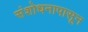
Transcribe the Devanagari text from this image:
संशोधनापासून